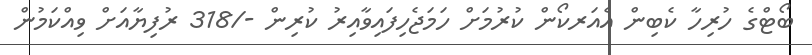
ބޯޓްގެ ހުރިހާ ކެބިން އެއަރކޯން ކުރުމަށް ހަމަޖެހިފައިވާއިރު ކުރިން -/318 ރުފިޔާއަށް ވިއްކަމުން